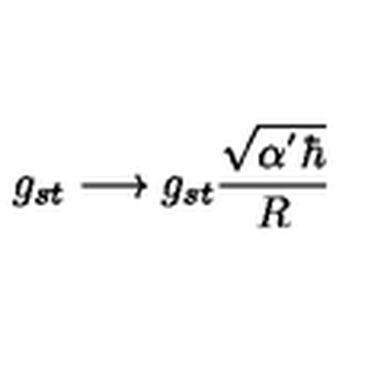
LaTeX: g _ { s t } \longrightarrow g _ { s t } \frac { \sqrt { \alpha ^ { ' } \hbar } } { R }